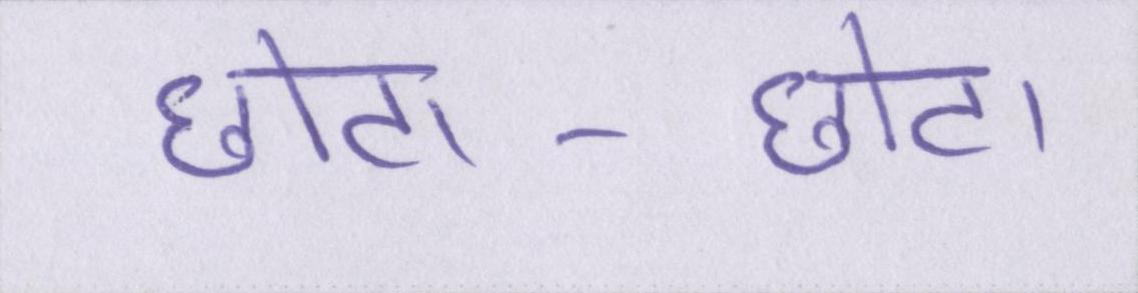
छोटा-छोटा